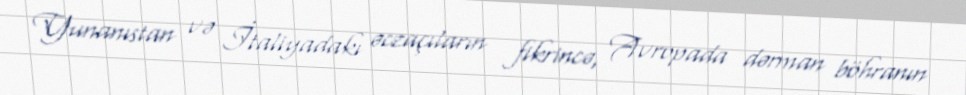
Yunanıstan və İtaliyadakı əczaçıların fikrincə, Avropada dərman böhranın